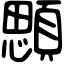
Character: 顋